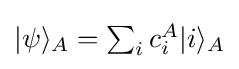
{\textstyle |\psi \rangle _{A}=\sum _{i}c_{i}^{A}|i\rangle _{A}}